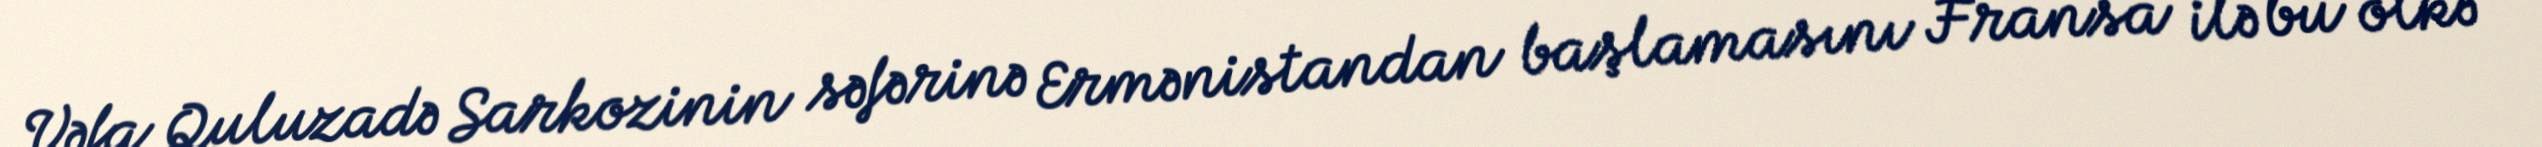
Vəfa Quluzadə Sarkozinin səfərinə Ermənistandan başlamasını Fransa ilə bu ölkə